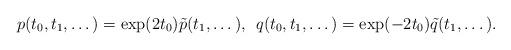
LaTeX: \begin{align*}p(t_0,t_1,\dots)=\exp(2t_0)\tilde p(t_1,\dots),\;\,q(t_0,t_1,\dots)=\exp(-2t_0)\tilde q(t_1,\dots).\end{align*}